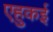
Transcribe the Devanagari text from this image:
एहुकई